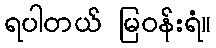
ရပါတယ် မြဝန်းရံ။